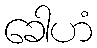
ခေါဟံ